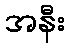
အနီး